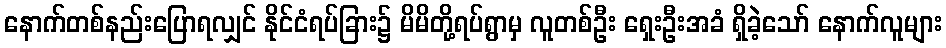
နောက်တစ်နည်းပြောရလျှင် နိုင်ငံရပ်ခြား၌ မိမိတို့ရပ်ရွာမှ လူတစ်ဦး ရှေးဦးအခံ ရှိခဲ့သော် နောက်လူများ